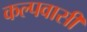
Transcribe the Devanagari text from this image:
कल्पवासी